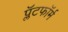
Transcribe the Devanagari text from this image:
प्लॅटफाॅर्म